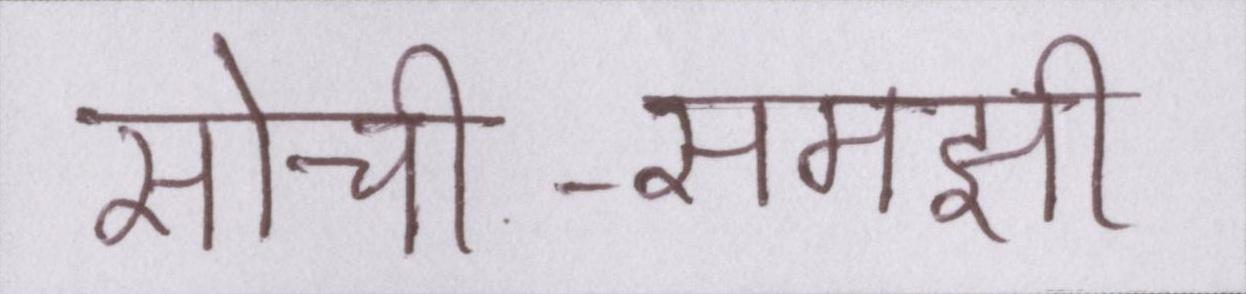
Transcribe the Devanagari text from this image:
सोची-समझी